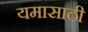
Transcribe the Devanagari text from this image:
यमासाठी